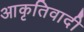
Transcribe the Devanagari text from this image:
आकृतिवादी